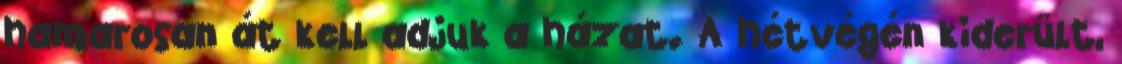
hamarosan át kell adjuk a házat. A hétvégén kiderült,